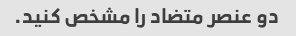
دو عنصر متضاد را مشخص کنید.